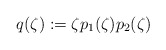
\begin{align*} q(\zeta) := \zeta p_1(\zeta) p_2(\zeta)\end{align*}